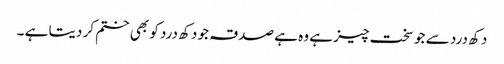
دکھ درد سے جو سخت چیز ہے وہ ہے صدقہ جو دکھ درد کو بھی ختم کر دیتا ہے ۔